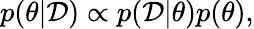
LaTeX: p(\theta|\mathcal{D})\propto p(\mathcal{D}|\theta)p(\theta),